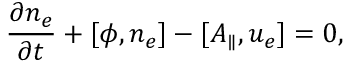
\frac { \partial n _ { e } } { \partial t } + [ \phi , n _ { e } ] - [ A _ { \parallel } , u _ { e } ] = 0 ,